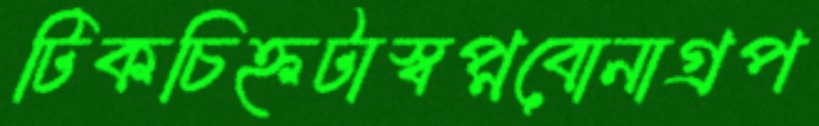
টিকচিহ্নটাস্বপ্নবোনাগ্রপ